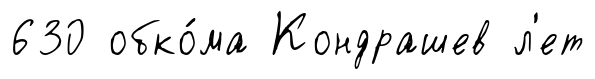
630 обко́ма Кондрашев л'ет